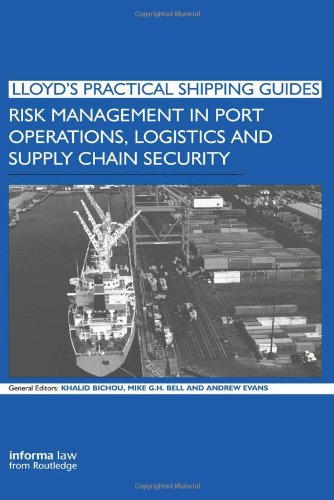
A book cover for Risk Management in Port Operations, Logistics and Supply Chain Security (Lloyd's Practical Shipping Guides); Khalid Bichou; Business & Money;